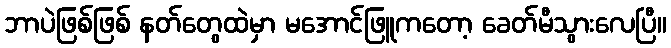
ဘာပဲဖြစ်ဖြစ် နတ်တွေထဲမှာ မအောင်ဖြူကတော့ ခေတ်မီသွားလေပြီ။